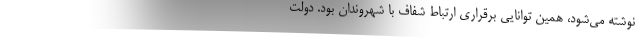
نوشته می‌شود، همین توانایی برقراری ارتباط شفاف با شهروندان بود. دولت